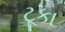
ટૂકા